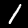
Label: 1